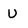
Character: U